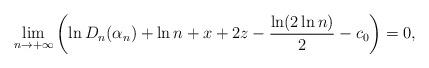
LaTeX: \begin{align*}\lim\limits_{n\to+\infty}\left(\ln D_n(\alpha_n)+\ln n+x+2z-\frac{\ln(2\ln n)}{2}-c_0\right)=0,\end{align*}